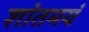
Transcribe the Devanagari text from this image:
शांतमयं